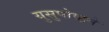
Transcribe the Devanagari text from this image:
युसुपोव्हने